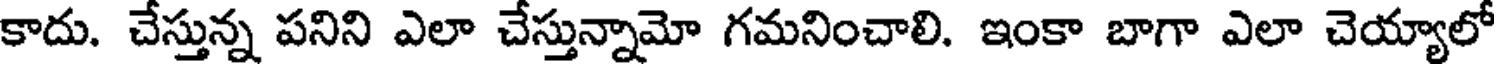
కాదు. చేస్తున్న పనిని ఎలా చేస్తున్నామో గమనించాలి. ఇంకా బాగా ఎలా చెయ్యాలో